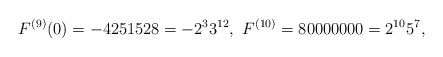
\begin{align*}F^{(9)}(0)=-4251528=-2^{3}3^{12},\ F^{(10)}=80000000=2^{10}5^{7},\end{align*}